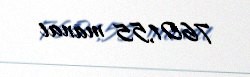
7601,55 manat